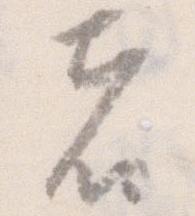
者